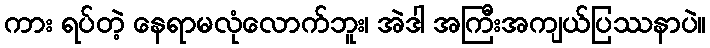
ကား ရပ်တဲ့ နေရာမလုံလောက်ဘူး၊ အဲဒါ အကြီးအကျယ်ပြဿနာပဲ။